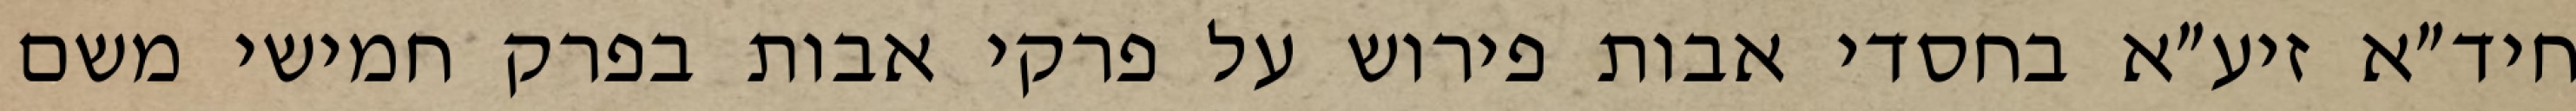
חיד״א זיע״א בחסדי אבות פירוש על פרקי אבות בפרק חמישי משם